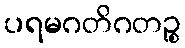
ပရမဂတိဂတဉ္စ